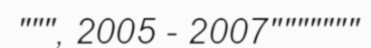
""", 2005 - 2007"""""""